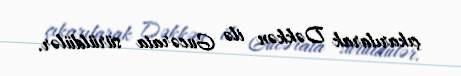
çıkarılarak Dəkkən ilə Gucərata sürüldülər.